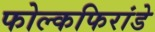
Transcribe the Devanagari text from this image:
फोल्कफिरांडे